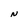
Character: N